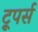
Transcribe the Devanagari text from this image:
ट्रूपर्स